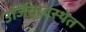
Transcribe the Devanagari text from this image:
उर्जितावस्थेत